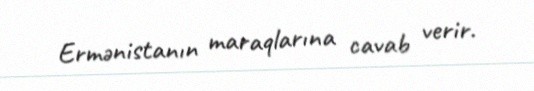
Ermənistanın maraqlarına cavab verir.